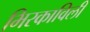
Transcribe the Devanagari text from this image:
भिरकाविली